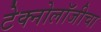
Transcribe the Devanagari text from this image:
टेक्नोलॉजीचा